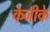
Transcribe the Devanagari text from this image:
केजीके